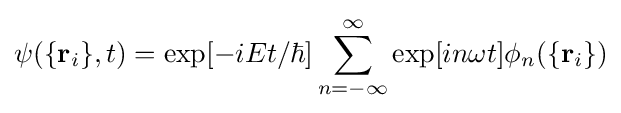
\psi (\{\mathbf {r} _{i}\},t)=\exp[-iEt/\hbar ]\sum _{n=-\infty }^{\infty }\exp[in\omega t]\phi _{n}(\{\mathbf {r} _{i}\})